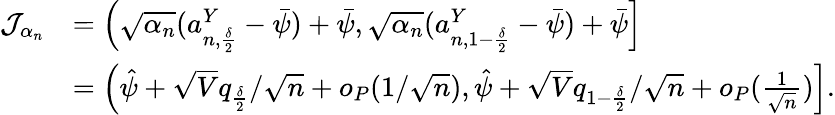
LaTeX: \begin{array}{rl}{\mathcal{J}_{\alpha_{n}}}&{=\left(\sqrt{\alpha_{n}}(a_{n,\frac{\delta}{2}}^{Y}-\bar{\psi})+\bar{\psi},\sqrt{\alpha_{n}}(a_{n,1-\frac{\delta}{2}}^{Y}-\bar{\psi})+\bar{\psi}\right]}\\ &{=\Big(\hat{\psi}+\sqrt{V}q_{\frac{\delta}{2}}/\sqrt{n}+o_{P}(1/\sqrt{n}),\hat{\psi}+\sqrt{V}q_{1-\frac{\delta}{2}}/\sqrt{n}+o_{P}(\frac{1}{\sqrt{n}})\Big].}\end{array}